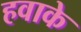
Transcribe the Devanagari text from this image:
हवाके